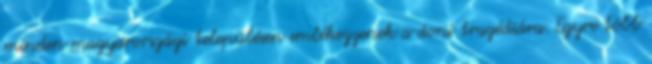
minden magyarországi településen emlékezzenek a doni tragédiára. Egyre több